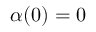
\alpha ( 0 ) = 0